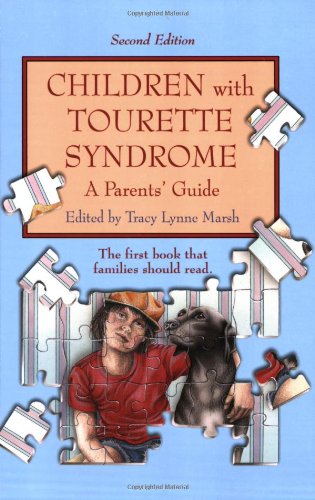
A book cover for Children with Tourette Syndrome: A Parents' Guide; Tracy Lynne Marsh; Health, Fitness & Dieting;